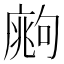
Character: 𢊙